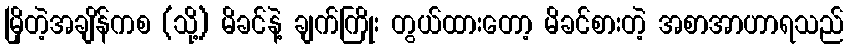
မြိုတဲ့အချိန်ကစ (သို့) မိခင်နဲ့ ချက်ကြိုး တွယ်ထားတော့ မိခင်စားတဲ့ အစာအာဟာရသည်